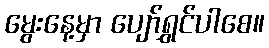
မွေးနေ့မှာ ပျော်ရွှင်ပါစေ။